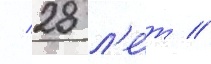
/ 28 л'е́т //